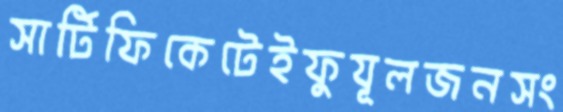
সার্টিফিকেটেইফুযূলজনসং